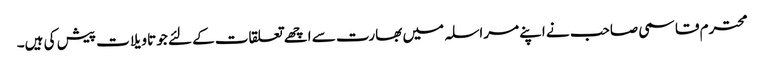
محترم قاسمی صاحب نے اپنے مراسلہ میں بھارت سے اچھے تعلقات کے لئے جو تاویلات پیش کی ہیں۔